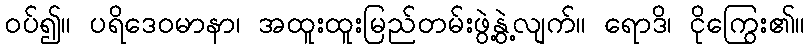
ဝပ်၍။ ပရိဒေဝမာနာ၊ အထူးထူးမြည်တမ်းဖွဲ့နွဲ့လျက်။ ရောဒိ၊ ငိုကြွေး၏။